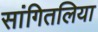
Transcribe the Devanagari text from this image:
सांगितलिया